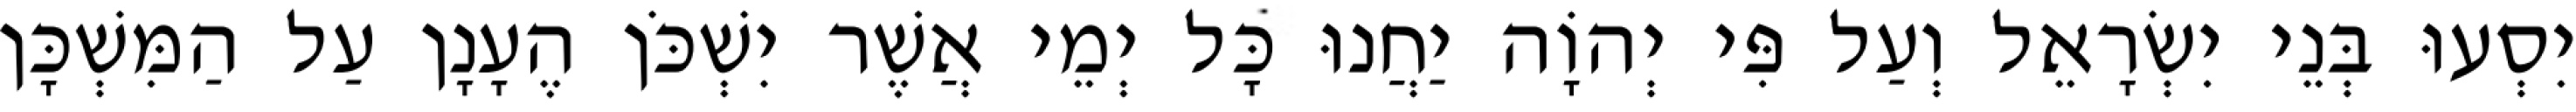
יִסְעוּ בְּנֵי יִשְׂרָאֵל וְעַל פִּי יְהוָֹה יַחֲנוּ כָּל יְמֵי אֲשֶׁר יִשְׁכֹּן הֶעָנָן עַל הַמִּשְׁכָּן